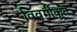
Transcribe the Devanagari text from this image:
विवर्गीकृत